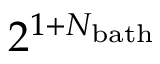
2 ^ { 1 + N _ { \mathrm { b a t h } } }